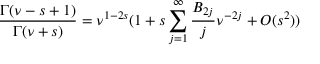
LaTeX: \frac { \Gamma ( \nu - s + 1 ) } { \Gamma ( \nu + s ) } = \nu ^ { 1 - 2 s } ( 1 + s \sum _ { j = 1 } ^ { \infty } \frac { B _ { 2 j } } { j } \nu ^ { - 2 j } + O ( s ^ { 2 } ) )